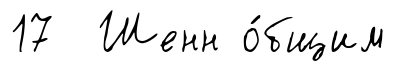
17 Шенн о́бщим